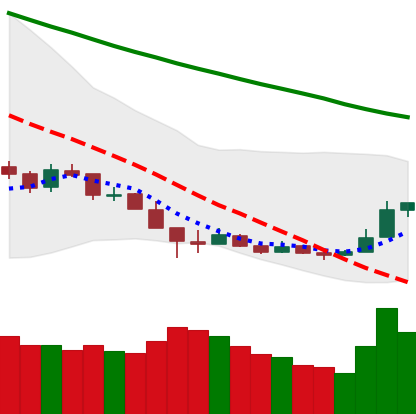
Ticker: LTC-USD
Chart end date: 2018-12-18
Forward return: 11.006%
Label: up_7plus